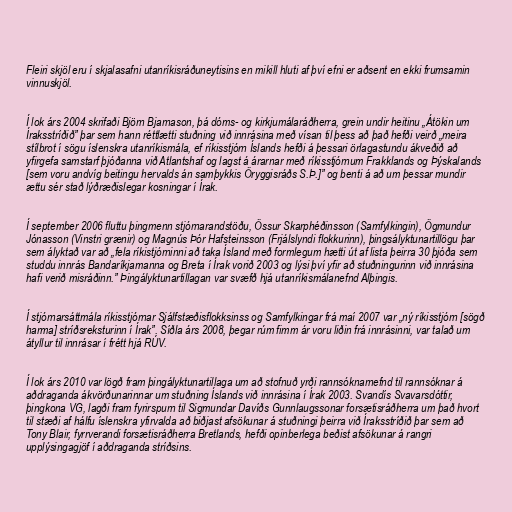
Fleiri skjöl eru í skjalasafni utanríkisráðuneytisins en mikill hluti af því efni er aðsent en ekki frumsamin
vinnuskjöl.

Í lok árs 2004 skrifaði Björn Bjarnason, þá dóms- og kirkjumálaráðherra, grein undir heitinu „Átökin um
Íraksstríðið” þar sem hann réttlætti stuðning við innrásina með vísan til þess að það hefði veirð „meira
stílbrot í sögu íslenskra utanríkismála, ef ríkisstjórn Íslands hefði á þessari örlagastundu ákveðið að
yfirgefa samstarf þjóðanna við Atlantshaf og lagst á árarnar með ríkisstjórnum Frakklands og Þýskalands
[sem voru andvíg beitingu hervalds án samþykkis Öryggisráðs S.Þ.]” og benti á að um þessar mundir
ættu sér stað lýðræðislegar kosningar í Írak.

Í september 2006 fluttu þingmenn stjórnarandstöðu, Össur Skarphéðinsson (Samfylkingin), Ögmundur
Jónasson (Vinstri grænir) og Magnús Þór Hafsteinsson (Frjálslyndi flokkurinn), þingsályktunartillögu þar
sem ályktað var að „fela ríkistjórninni að taka Ísland með formlegum hætti út af lista þeirra 30 þjóða sem
studdu innrás Bandaríkjamanna og Breta í Írak vorið 2003 og lýsi því yfir að stuðningurinn við innrásina
hafi verið misráðinn.” Þingályktunartillagan var svæfð hjá utanríkismálanefnd Alþingis.

Í stjórnarsáttmála ríkisstjórnar Sjálfstæðisflokksinss og Samfylkingar frá maí 2007 var „ný ríkisstjórn [sögð
harma] stríðsreksturinn í Írak”. Síðla árs 2008, þegar rúm fimm ár voru liðin frá innrásinni, var talað um
átyllur til innrásar í frétt hjá RÚV.

Í lok árs 2010 var lögð fram þingályktunartillaga um að stofnuð yrði rannsóknarnefnd til rannsóknar á
aðdraganda ákvörðunarinnar um stuðning Íslands við innrásina í Írak 2003. Svandís Svavarsdóttir,
þingkona VG, lagði fram fyrirspurn til Sigmundar Davíðs Gunnlaugssonar forsætisráðherra um það hvort
til stæði af hálfu íslenskra yfirvalda að biðjast afsökunar á stuðningi þeirra við Íraksstríðið þar sem að
Tony Blair, fyrrverandi forsætisráðherra Bretlands, hefði opinberlega beðist afsökunar á rangri
upplýsingagjöf í aðdraganda stríðsins.